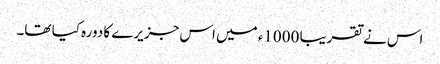
اس نے تقریبا 1000ء میں اس جزیرے کا دورہ کیا تھا۔